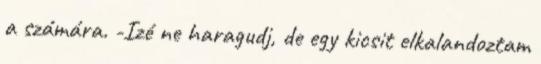
a számára. -Izé ne haragudj, de egy kicsit elkalandoztam